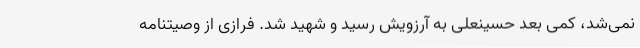
نمی‌شد، کمی بعد حسینعلی به آرزویش رسید و شهید شد. فرازی از وصیتنامه